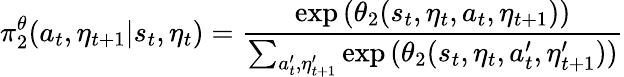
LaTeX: \pi_{2}^{\theta}(a_{t},\eta_{t+1}|s_{t},\eta_{t})=\frac{\exp{(\theta_{2}(s_{t},\eta_{t},a_{t},\eta_{t+1})})}{\sum_{a_{t}^{\prime},\eta_{t+1}^{\prime}}\exp{(\theta_{2}(s_{t},\eta_{t},a_{t}^{\prime},\eta_{t+1}^{\prime})})}